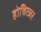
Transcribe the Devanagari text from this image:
होवित्जर